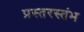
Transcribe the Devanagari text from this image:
प्रस्तरस्तंभ